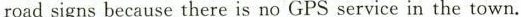
road signs because there is no GPS service in the town.